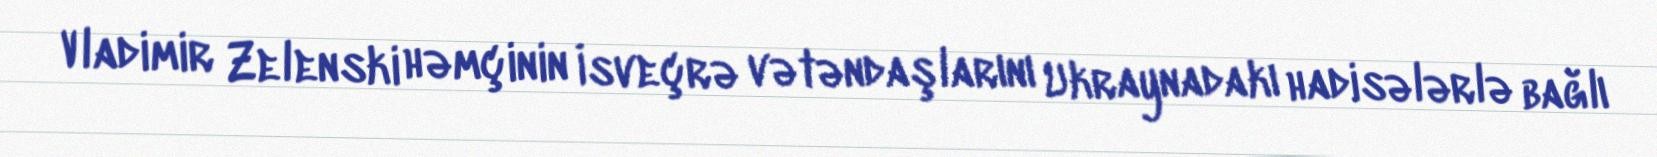
Vladimir Zelenski həmçinin İsveçrə vətəndaşlarını Ukraynadakı hadisələrlə bağlı